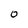
Character: O